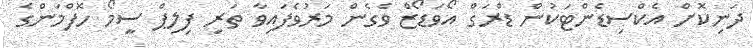
ދަނިކޮށް އެކްސިޑެންޓަކުން ޑްރަގް އޯވަޑޯޒް ވެގެން މަރުވެފައިވާ ތަރި ފިލިޕް ސީމޯ ހޮފްމަންގެ